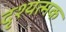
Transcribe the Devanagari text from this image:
दृश्यत्मक